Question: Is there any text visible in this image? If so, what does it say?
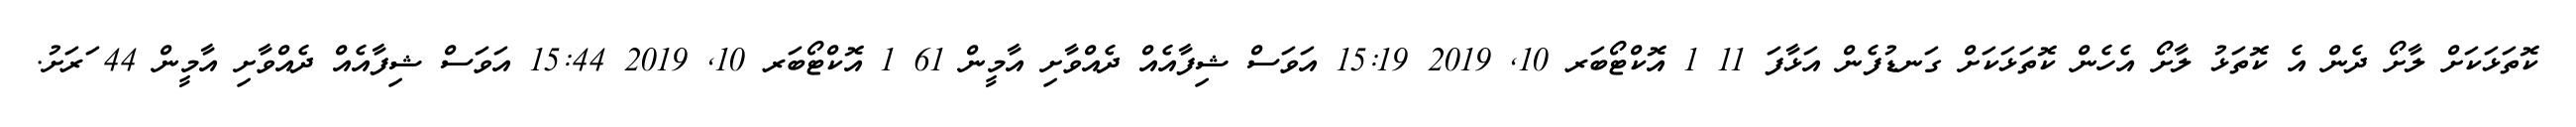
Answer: ކޮތަޅަކަށް ލާށޯ ދެން އެ ކޮތަޅު ލާށޯ އެހެން ކޮތަޅަކަށް ގަނޑުފެން އަޅާފަ 11 1 އޮކްޓޯބަރ 10, 2019 15:19 އަވަސް ޝިފާއެއް ދެއްވާށި އާމީން 61 1 އޮކްޓޯބަރ 10, 2019 15:44 އަވަސް ޝިފާއެއް ދެއްވާށި އާމީން 44 ަރަށު.